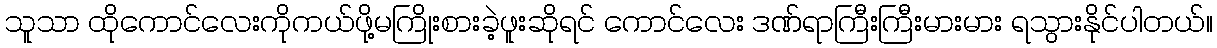
သူသာ ထိုကောင်လေးကိုကယ်ဖို့မကြိုးစားခဲ့ဖူးဆိုရင် ကောင်လေး ဒဏ်ရာကြီးကြီးမားမား ရသွားနိုင်ပါတယ်။